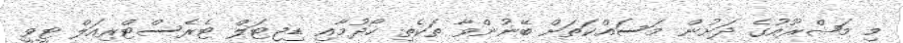
މި މަޝްރޫއުގެ ދަށުން މަސައްކަތަށް ބޭނުންވާ ތަކެތި ހޯދުމާއި ޑިޖިޓަލް ޓެރެސްޓްރިއަލް ޓީވީ